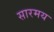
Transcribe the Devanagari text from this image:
सारमय